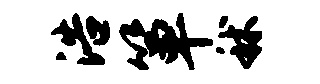
浩箪秫